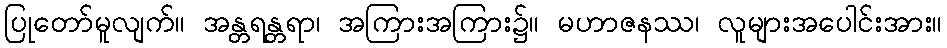
ပြုတော်မူလျက်။ အန္တရန္တရာ၊ အကြားအကြား၌။ မဟာဇနဿ၊ လူများအပေါင်းအား။